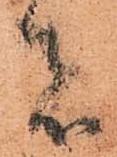
者